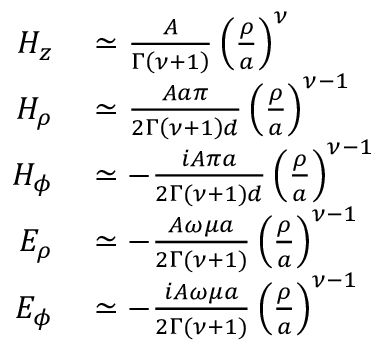
\begin{array} { r l } { H _ { z } } & { { } \simeq \frac { A } { \Gamma \left( \nu + 1 \right) } \left( \frac { \rho } { a } \right) ^ { \nu } } \\ { H _ { \rho } } & { { } \simeq \frac { A a \pi } { 2 \Gamma \left( \nu + 1 \right) d } \left( \frac { \rho } { a } \right) ^ { \nu - 1 } } \\ { H _ { \phi } } & { { } \simeq - \frac { i A \pi a } { 2 \Gamma ( \nu + 1 ) d } \left( \frac { \rho } { a } \right) ^ { \nu - 1 } } \\ { E _ { \rho } } & { { } \simeq - \frac { A \omega \mu a } { 2 \Gamma ( \nu + 1 ) } \left( \frac { \rho } { a } \right) ^ { \nu - 1 } } \\ { E _ { \phi } } & { { } \simeq - \frac { i A \omega \mu a } { 2 \Gamma ( \nu + 1 ) } \left( \frac { \rho } { a } \right) ^ { \nu - 1 } } \end{array}